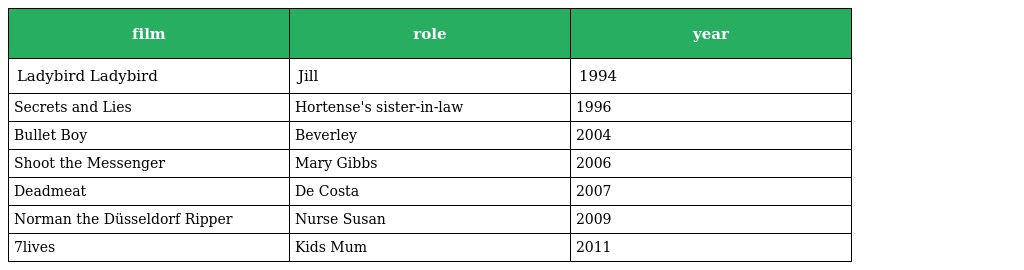
| film | role | year |
 | --- | --- | --- |
 | Ladybird Ladybird | Jill | 1994 |
 | Secrets and Lies | Hortense's sister-in-law | 1996 |
 | Bullet Boy | Beverley | 2004 |
 | Shoot the Messenger | Mary Gibbs | 2006 |
 | Deadmeat | De Costa | 2007 |
 | Norman the Düsseldorf Ripper | Nurse Susan | 2009 |
 | 7lives | Kids Mum | 2011 |